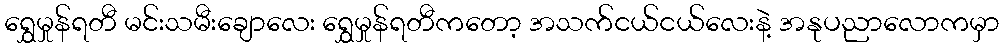
ရွှေမှုန်ရတီ မင်းသမီးချောလေး ရွှေမှုန်ရတီကတော့ အသက်ငယ်ငယ်လေးနဲ့ အနုပညာလောကမှာ